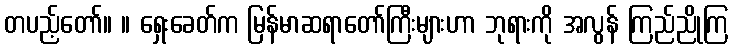
တပည့်တော်။ ။ ရှေးခေတ်က မြန်မာဆရာတော်ကြီးများဟာ ဘုရားကို အလွန် ကြည်ညိုကြ